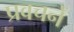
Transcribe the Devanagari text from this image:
प्रवचनें